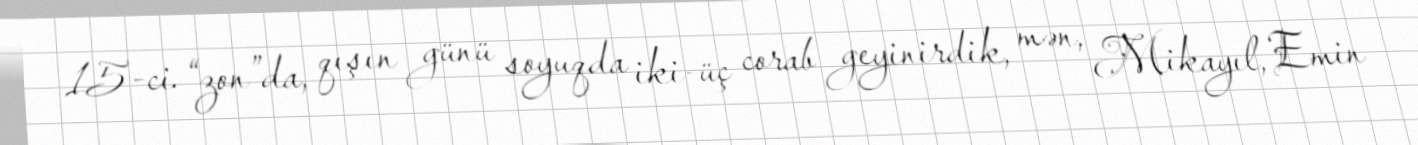
15-ci “zon”da, qışın günü soyuqda iki-üç corab geyinirdik, mən, Mikayıl, Emin